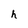
Character: h